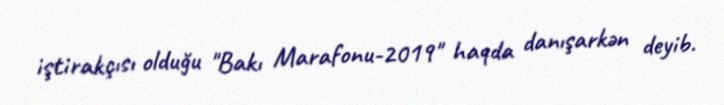
iştirakçısı olduğu "Bakı Marafonu-2019" haqda danışarkən deyib.